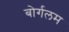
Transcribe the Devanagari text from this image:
बोर्गलम